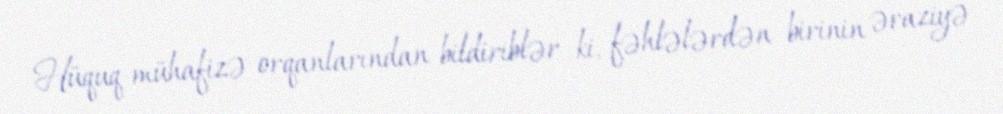
Hüquq-mühafizə orqanlarından bildiriblər ki, fəhlələrdən birinin əraziyə